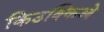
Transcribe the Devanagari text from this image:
किउक्किओ